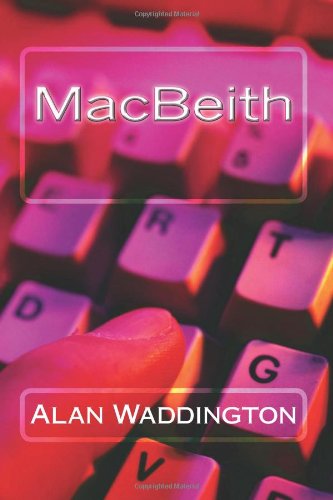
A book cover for MacBeith; Alan Waddington; Mystery, Thriller & Suspense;